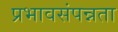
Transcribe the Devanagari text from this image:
प्रभावसंपन्नता